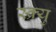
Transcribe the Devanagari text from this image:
स्क्र्यु